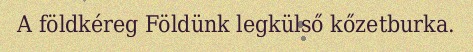
A földkéreg Földünk legkülső kőzetburka.